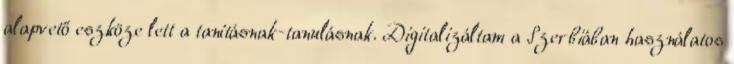
alapvető eszköze lett a tanításnak-tanulásnak. Digitalizáltam a Szerbiában használatos